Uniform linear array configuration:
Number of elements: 8
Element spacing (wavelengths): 0.5
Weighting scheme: blackman
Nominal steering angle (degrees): -60
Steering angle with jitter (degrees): -58.251
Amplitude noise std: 0.05
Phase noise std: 0.05

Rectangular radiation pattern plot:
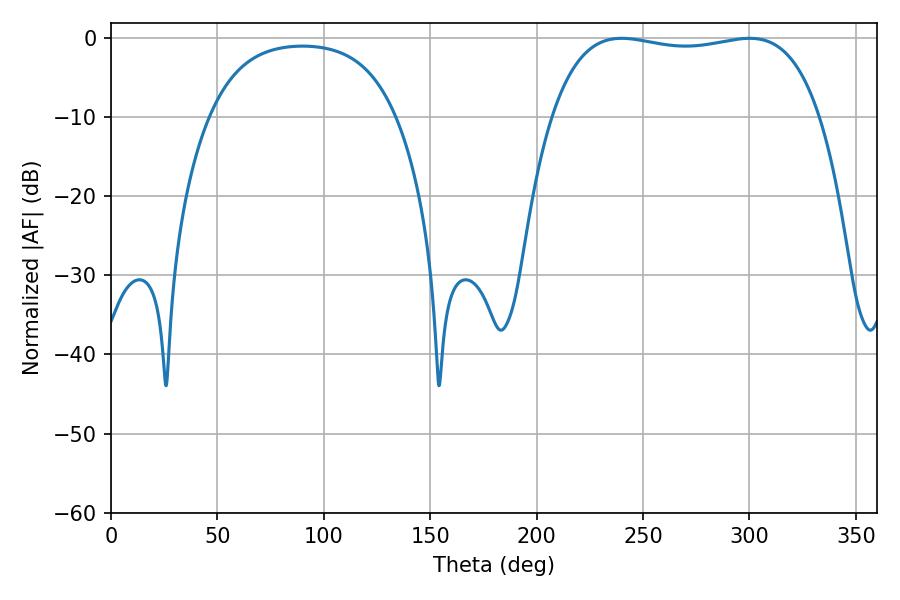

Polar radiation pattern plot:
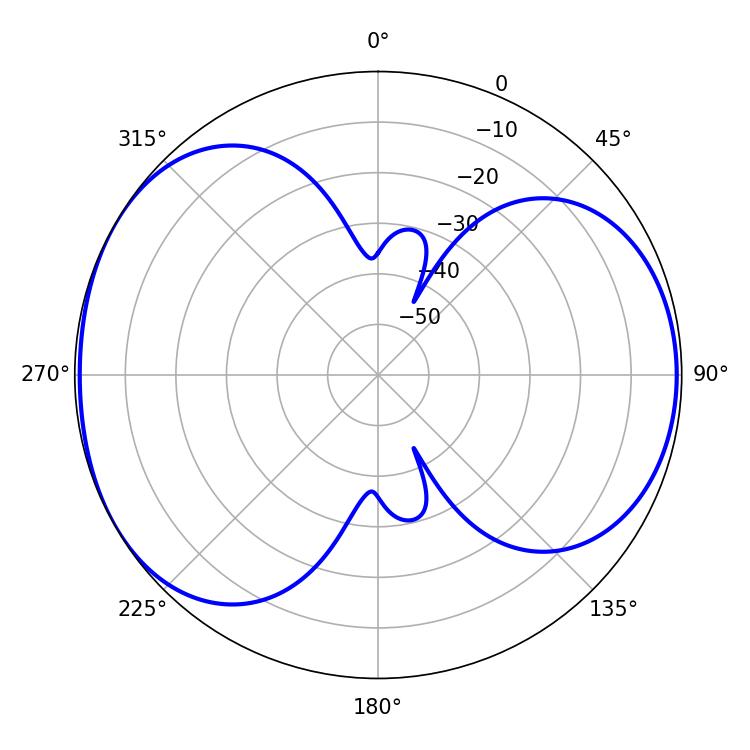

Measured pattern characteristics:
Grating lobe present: FALSE
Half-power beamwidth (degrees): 101.16
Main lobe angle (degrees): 239.94